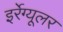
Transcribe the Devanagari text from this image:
इर्रेग्यूलर